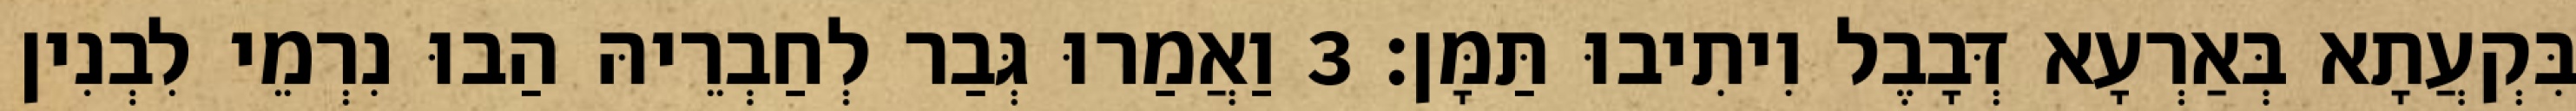
בִּקְעֲתָא בְּאַרְעָא דְּבָבֶל וִיתִיבוּ תַּמָּן׃ 3 וַאֲמַרוּ גְּבַר לְחַבְרֵיהּ הַבוּ נִרְמֵי לִבְנִין